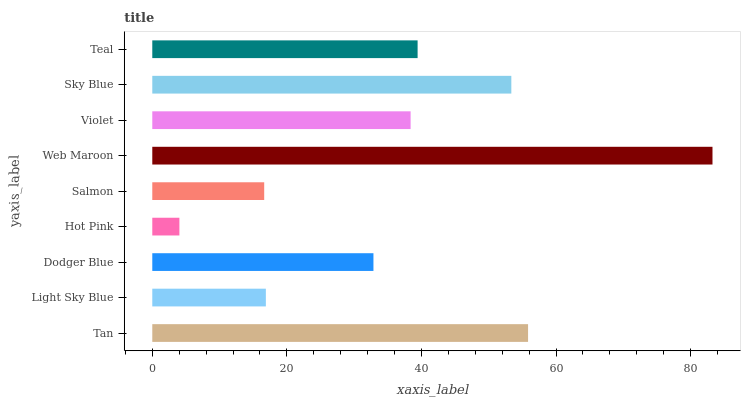
| yaxis_label | bars |
 | --- | --- |
 | Tan | 55.8 |
 | Light Sky Blue | 16.9 |
 | Dodger Blue | 32.9 |
 | Hot Pink | 4.03 |
 | Salmon | 16.6 |
 | Web Maroon | 83.3 |
 | Violet | 38.4 |
 | Sky Blue | 53.4 |
 | Teal | 39.4 |